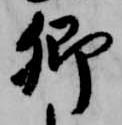
卿